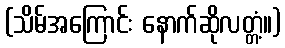
(သိမ်အကြောင်း နောက်ဆိုလတ္တံ့။)